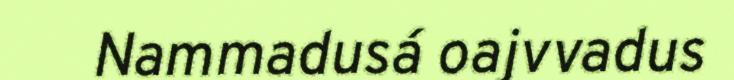
Nammadusá oajvvadus